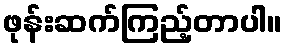
ဖုန်းဆက်ကြည့်တာပါ။